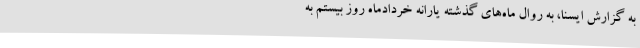
به گزارش ایسنا، به روال ماه‌های گذشته یارانه خردادماه روز بیستم به